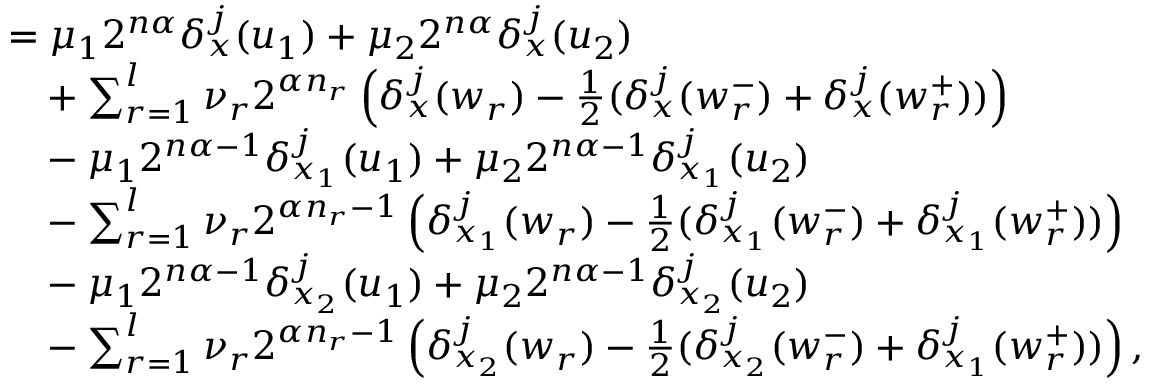
\begin{array} { r l } & { = \mu _ { 1 } 2 ^ { n \alpha } \delta _ { x } ^ { j } ( u _ { 1 } ) + \mu _ { 2 } 2 ^ { n \alpha } \delta _ { x } ^ { j } ( u _ { 2 } ) } \\ & { \phantom { = } + \sum _ { r = 1 } ^ { l } \nu _ { r } 2 ^ { \alpha n _ { r } } \left( \delta _ { x } ^ { j } ( w _ { r } ) - \frac 1 2 ( \delta _ { x } ^ { j } ( w _ { r } ^ { - } ) + \delta _ { x } ^ { j } ( w _ { r } ^ { + } ) ) \right) } \\ & { \phantom { = } - \mu _ { 1 } 2 ^ { n \alpha - 1 } \delta _ { x _ { 1 } } ^ { j } ( u _ { 1 } ) + \mu _ { 2 } 2 ^ { n \alpha - 1 } \delta _ { x _ { 1 } } ^ { j } ( u _ { 2 } ) } \\ & { \phantom { = } - \sum _ { r = 1 } ^ { l } \nu _ { r } 2 ^ { \alpha n _ { r } - 1 } \left( \delta _ { x _ { 1 } } ^ { j } ( w _ { r } ) - \frac 1 2 ( \delta _ { x _ { 1 } } ^ { j } ( w _ { r } ^ { - } ) + \delta _ { x _ { 1 } } ^ { j } ( w _ { r } ^ { + } ) ) \right) } \\ & { \phantom { = } - \mu _ { 1 } 2 ^ { n \alpha - 1 } \delta _ { x _ { 2 } } ^ { j } ( u _ { 1 } ) + \mu _ { 2 } 2 ^ { n \alpha - 1 } \delta _ { x _ { 2 } } ^ { j } ( u _ { 2 } ) } \\ & { \phantom { = } - \sum _ { r = 1 } ^ { l } \nu _ { r } 2 ^ { \alpha n _ { r } - 1 } \left( \delta _ { x _ { 2 } } ^ { j } ( w _ { r } ) - \frac 1 2 ( \delta _ { x _ { 2 } } ^ { j } ( w _ { r } ^ { - } ) + \delta _ { x _ { 1 } } ^ { j } ( w _ { r } ^ { + } ) ) \right) \mathrm { , } } \end{array}